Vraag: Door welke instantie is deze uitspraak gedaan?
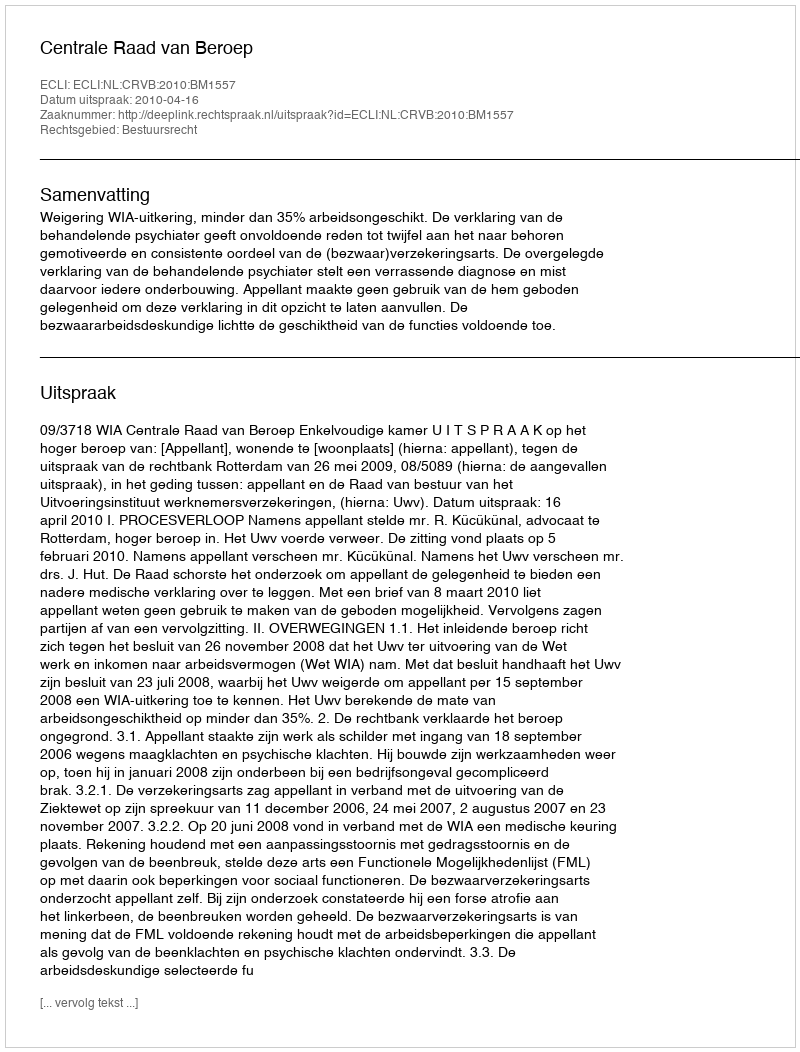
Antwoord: Centrale Raad van Beroep